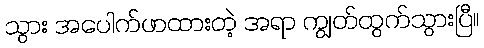
သွား အပေါက်ဖာထားတဲ့ အရာ ကျွတ်ထွက်သွားပြီ။